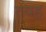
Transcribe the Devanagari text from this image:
त्यह